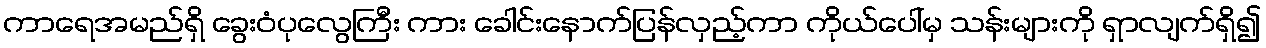
ကာရေအမည်ရှိ ခွေးဝံပုလွေကြီး ကား ခေါင်းနောက်ပြန်လှည့်ကာ ကိုယ်ပေါ်မှ သန်းများကို ရှာလျက်ရှိ၍